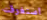
استغرقت